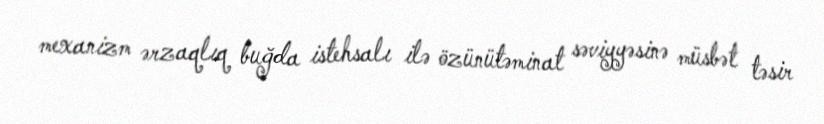
mexanizm ərzaqlıq buğda istehsalı ilə özünütəminat səviyyəsinə müsbət təsir